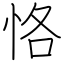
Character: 恪